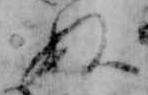
ぬ